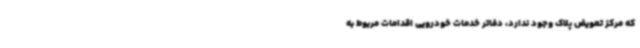
که مرکز تعویض پلاک وجود ندارد، دفاتر خدمات خودرویی اقدامات مربوط به